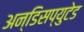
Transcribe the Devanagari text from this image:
अन्डिसप्युटेड